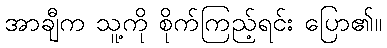
အာချီက သူ့ကို စိုက်ကြည့်ရင်း ပြော၏။